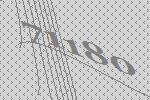
71180